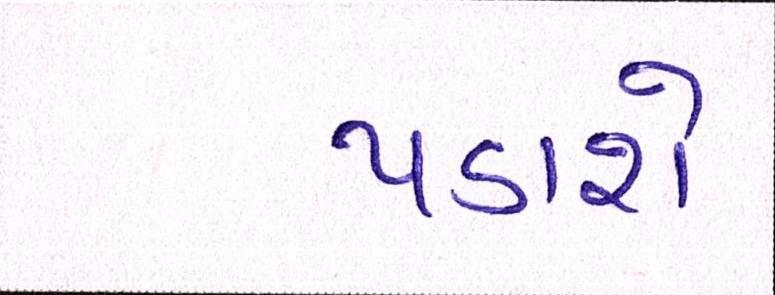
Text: પડાશે